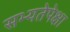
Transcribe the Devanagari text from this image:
सभ्यतेपेक्षा